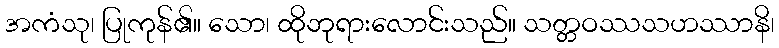
အကံသု၊ ပြုကုန်၏။ သော၊ ထိုဘုရားလောင်းသည်။ သတ္တဝဿသဟဿာနိ၊